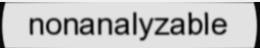
nonanalyzable